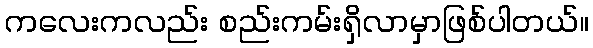
ကလေးကလည်း စည်းကမ်းရှိလာမှာဖြစ်ပါတယ်။